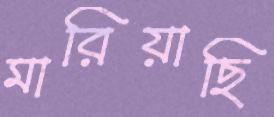
মারিয়াছি